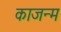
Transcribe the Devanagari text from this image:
काजन्‍म